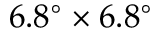
6 . 8 ^ { \circ } \times 6 . 8 ^ { \circ }